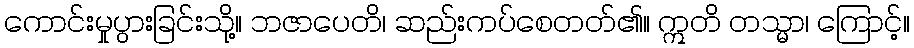
ကောင်းမှုပွားခြင်းသို့။ ဘဇာပေတိ၊ ဆည်းကပ်စေတတ်၏။ ဣတိ တသ္မာ၊ ကြောင့်။